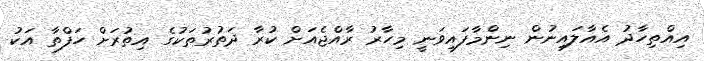
އިއްތިހާދު އެއާލައިނުން ނިންމާފައިވަނީ މިހާރު ރާއްޖެއަށް ކުރާ ދަތުރުތަކުގެ އިތުރަށް ހަފްތާ އަކު